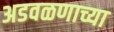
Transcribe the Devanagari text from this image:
अडवळणाच्या